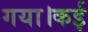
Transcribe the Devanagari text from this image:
गया।कई